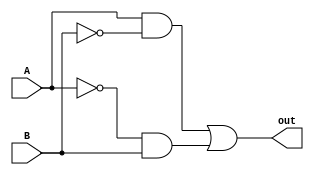
module XOR_gate(
    input A,
    input B,
    output out
);

assign out = (A & ~B) | (~A & B);

endmodule